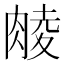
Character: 𮌜